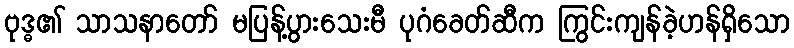
ဗုဒ္ဓ၏ သာသနာတော် မပြန့်ပွားသေးမီ ပုဂံခေတ်ဆီက ကြွင်းကျန်ခဲ့ဟန်ရှိသော